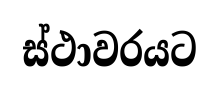
ස්ථාවරයට